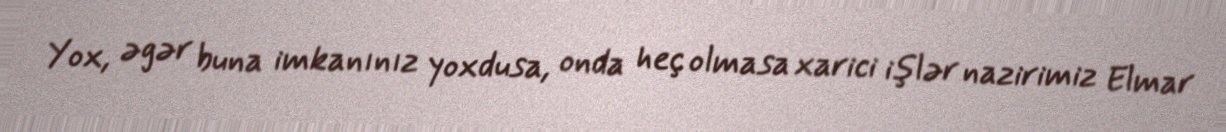
Yox, əgər buna imkanınız yoxdusa, onda heç olmasa xarici işlər nazirimiz Elmar